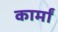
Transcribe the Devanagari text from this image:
कार्मां